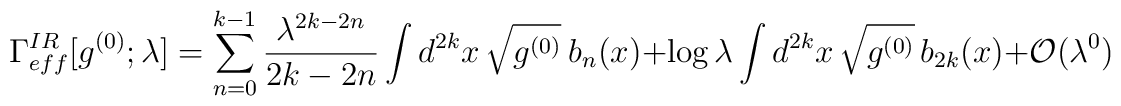
\Gamma_{eff}^{IR}[g^{(0)}; \lambda]= \sum_{n=0}^{k-1} {\lambda^{2k-2n}\over 2k-2n}\int d^{2k}x\, \sqrt{g^{(0)}}\ b_n(x) + \log\lambda\int d^{2k}x\,\sqrt{g^{(0)}}\,b_{2k}(x) +{\cal O} (\lambda^0)